Vaccination in Burma 1920-1933 - 1920-1933
Year: 1920
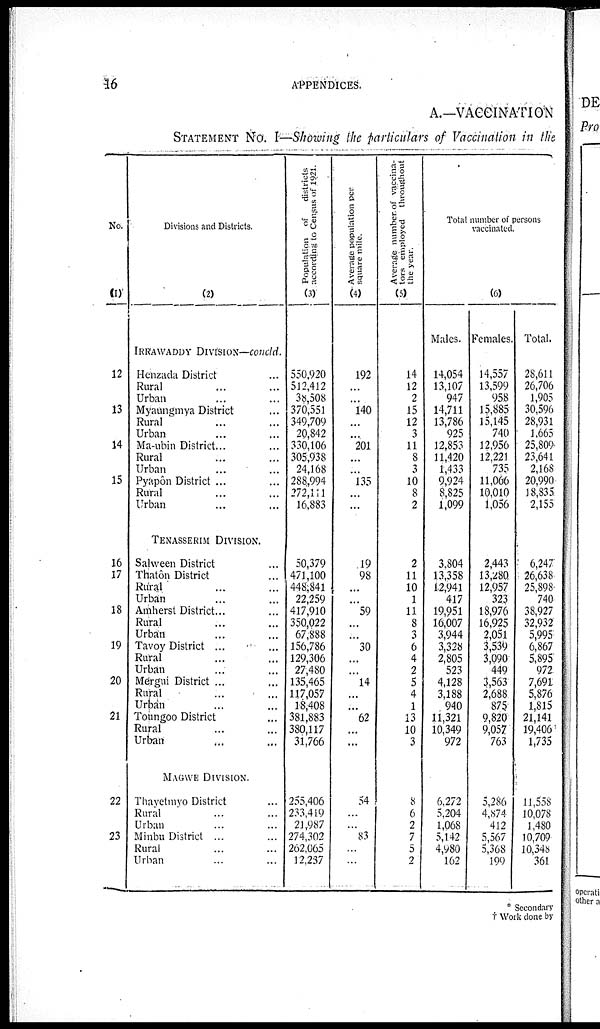
16
APPENDICES.
A.—VACCINATION
STATEMENT No. I—Showing the particulars of Vaccination in the
No.
(1)
12
13
14
15
16
17
18
19
20
21
22
23
Divisions and Districts.
(2)
IRRAWADDY DIVISION—concld.
Henzada District... ...
Rural... ...
Urban... ...
Myaungmya District...
Rural... ...
Urban... ...
Ma-ubin District... ...
Rural... ...
Urban... ...
Pyapôn District ... ...
Rural... ...
Urban... ...
TENASSERIM DIVISION.
Salween District... ...
Thatôn District... ...
Rural... ...
Urban... ...
Amherst District... ...
Rural... ...... ...
Urban... ...
Tavoy District ...
Rural... ...
Urban... ...
Mergui District ...
Rural... ...
Urban... ...
Toungoo District ...
Rural... ...
Urban ... ...
MAGWE DIVISION.
Thavetmyo District ...
Rural... ...
Urban... ...
Minbu District ...
Rural... ...
Urban... ...
Population of
districts
according to Census of 1921.
(3)
550,920
512,412
38,508
370,551
349,709
20,842
330,106
305,938
24,168
288,994
272,111
16,883
50,379
471,100
448,841
22,259
417,910
350,022
67,888
156,786
129,306
27,480
135,465
117,057
18,408
381,883
380,117
31,766
255,406
233,419
21,987
274,302
262,065
12,237
Average population per
square mile.
(4)
192
...
...
140
...
...
201
...
...
135
...
...
19
98
...
...
59
...
...
30
...
...
14
...
...
62
...
...
54
...
...
83
...
...
Average number of vaccina-
tors employed throughout
the year.
(5)
14
12
2
15
12
3
11
8
3
10
8
2
2
11
10
1
11
8
3
6
4
2
5
4
1
13
10
3
8
6
2
7
5
2
Total number of persons
vaccinated.
(6)
Males.
14,054
13,107
947
14,711
13,786
925
12,853
11,420
1,433
9,924
8,825
1,099
3,804
13,358
12,941
417
19,951
16,007
3,944
3,328
2,805
523
4,128
3,188
940
11,321
10,349
972
6,272
5,204
1,068
5,142
4,980
162
Females.
14,557
13,599
958
15,885
15,145
740
12,956
12,221
735
11,066
10,010
1,056
2,443
13,280
12,957
323
18,976
16,925
2,051
3,539
3,090
449
3,563
2,688
875
9,820
9,057
763
5,286
4,874
412
5,567
5,368
199
Total.
28,611
26,706
1,905
30,596
28,931
1,665
25,809
23,641
2,168
20,990
18,835
2,155
6,247
26,638
25,898
740
38,927
32,932
5,995
6,867
5,895
972
7,691
5,876
1,815
21,141
19,406
1,735
11,558
10,078
1,480
10,709
10,348
361
* Secondary
† Work done by